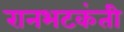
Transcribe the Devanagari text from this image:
रानभटकंती